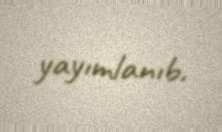
yayımlanıb.